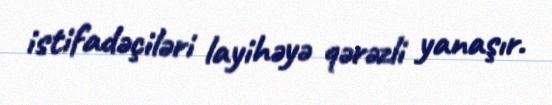
istifadəçiləri layihəyə qərəzli yanaşır.